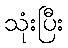
သုံးပြီး